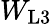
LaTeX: W_{\mathrm{L3}}